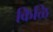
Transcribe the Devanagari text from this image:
किळि